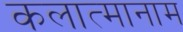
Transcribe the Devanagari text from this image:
कलात्मानाम